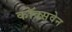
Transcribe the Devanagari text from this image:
कॉक्सवेन